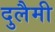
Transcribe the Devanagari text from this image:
दुलैमी